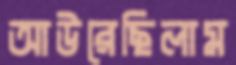
আউরেছিলাম